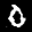
Label: 0